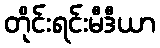
တိုင်းရင်းမီဒီယာ